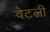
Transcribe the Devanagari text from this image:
वेटली